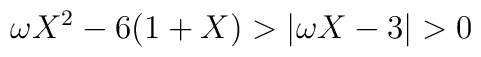
\omega X^{2} - 6 (1 + X) > |\omega X - 3| > 0